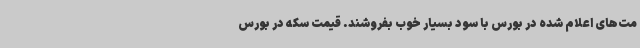
مت‌های اعلام شده در بورس با سود بسیار خوب بفروشند. قیمت سکه در بورس